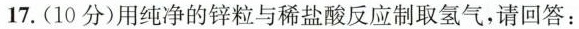
17.(10分)用纯净的锌粒与稀盐酸反应制取氢气，请回答：